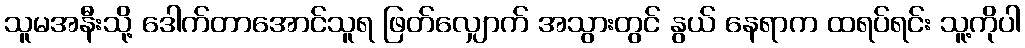
သူမအနီးသို့ ဒေါက်တာအောင်သူရ ဖြတ်လျှောက် အသွားတွင် နွယ် နေရာက ထရပ်ရင်း သူ့ကိုပါ